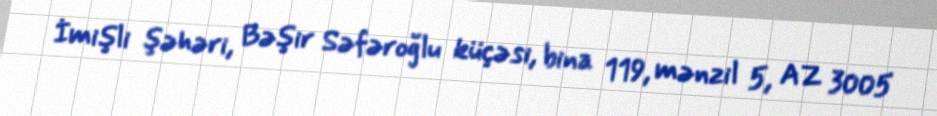
İmişli şəhəri, Bəşir Səfəroğlu küçəsi, bina 119, mənzil 5, AZ 3005